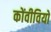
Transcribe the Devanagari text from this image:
कोंवीवियो